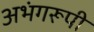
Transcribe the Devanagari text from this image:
अभंगरूपी